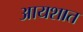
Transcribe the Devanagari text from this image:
आयशात